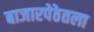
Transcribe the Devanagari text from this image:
बाजारपेठेतला